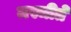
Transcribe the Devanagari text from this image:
मस्जीते